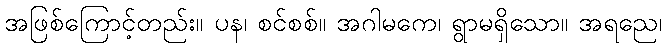
အဖြစ်ကြောင့်တည်း။ ပန၊ စင်စစ်။ အဂါမကေ၊ ရွာမရှိသော။ အရညေ၊